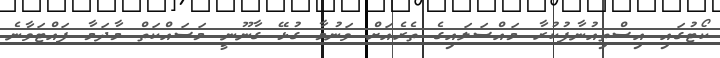
ކޯޓުގައި އިސްތިއުނާފުކުރާ މައްސަލައިގެ ތެރެއަށް ވަނުމާ ގުޅޭ ގާނޫނީ މަސައްކަތް މާދަމާ ފައްޓަވާނެ